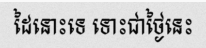
ដៃនោះទេ ទោះជាថ្ងៃនេះ